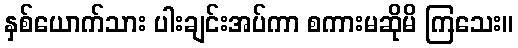
နှစ်ယောက်သား ပါးချင်းအပ်ကာ စကားမဆိုမိ ကြသေး။